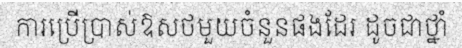
ការប្រើប្រាស់ឱសថមួយចំនួនផងដែរ ដូចជាថ្នាំ